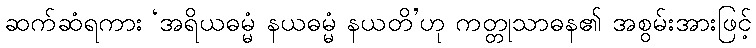
ဆက်ဆံရကား ‘အရိယဓမ္မံ နယဓမ္မံ နယတိ’ဟု ကတ္တုသာဓန၏ အစွမ်းအားဖြင့်